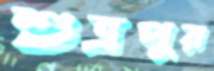
শুভ্রপুর